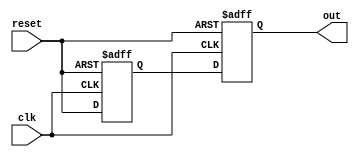
module AASD_reset(out, clk, reset);
	input clk, reset;
	output reg out;

	reg d;

	always@(posedge clk or negedge reset) begin
		if(!reset) begin
			out <= 1'b0;
			d <= 1'b0;
		end else begin
			d <= reset;
			out <= d;
		end
	end
endmodule